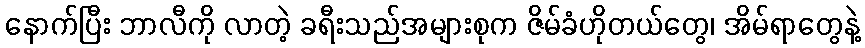
နောက်ပြီး ဘာလီကို လာတဲ့ ခရီးသည်အများစုက ဇိမ်ခံဟိုတယ်တွေ၊ အိမ်ရာတွေနဲ့